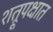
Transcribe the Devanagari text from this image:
शत्रूपक्षात